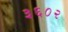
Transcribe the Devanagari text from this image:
३६०२